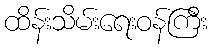
ထိန်းသိမ်းရေးဝန်ကြီး